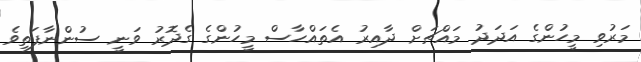
މަރުވި މީހުންގެ އަދަދު މައްޗަށް ދާއިރު އެތައްހާސް މީހުންގެ ގެދޮރު ވަނީ ސުންނާފަތިވެ